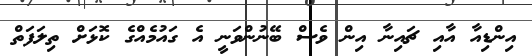
އިންޑިއާ އާއި ޗައިނާ އިން ވެސް ބޭނުންވަނީ އެ ގައުމެއްގެ ކޮޅަށް ތިލަފަތް